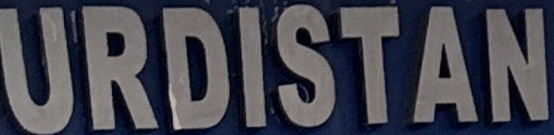
URDISTAN